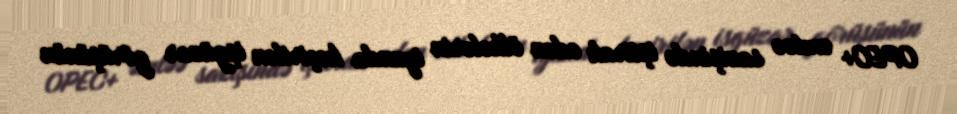
OPEC+ əmtəə sazişində iştirak edən ölkələrin iyunda keçirilən işgüzar görüşünün